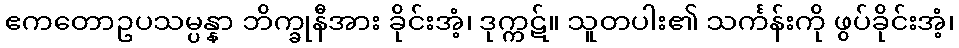
ဧကတောဥပသမ္ပန္နာ ဘိက္ခုနီအား ခိုင်းအံ့၊ ဒုက္ကဋ်။ သူတပါး၏ သင်္ကန်းကို ဖွပ်ခိုင်းအံ့၊